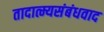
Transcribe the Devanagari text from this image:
तादात्म्यसंबंधवाद